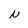
Character: N